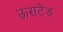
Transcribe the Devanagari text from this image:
ऊसटेंड